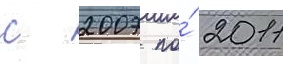
с 2007 по́ 2011